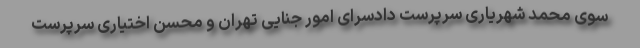
سوی محمد شهریاری سرپرست دادسرای امور جنایی تهران و محسن اختیاری سرپرست